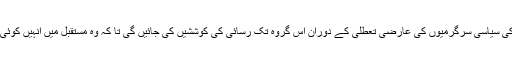
اکربوم کے مطابق اُن کی سیاسی سرگرمیوں کی عارضی تعطلی کے دوران اِس گروہ تک رسائی کی کوششیں کی جائیں گی تا کہ وہ مستقبل میں انہیں کوئی نقصان نہ پہنچا سکے۔